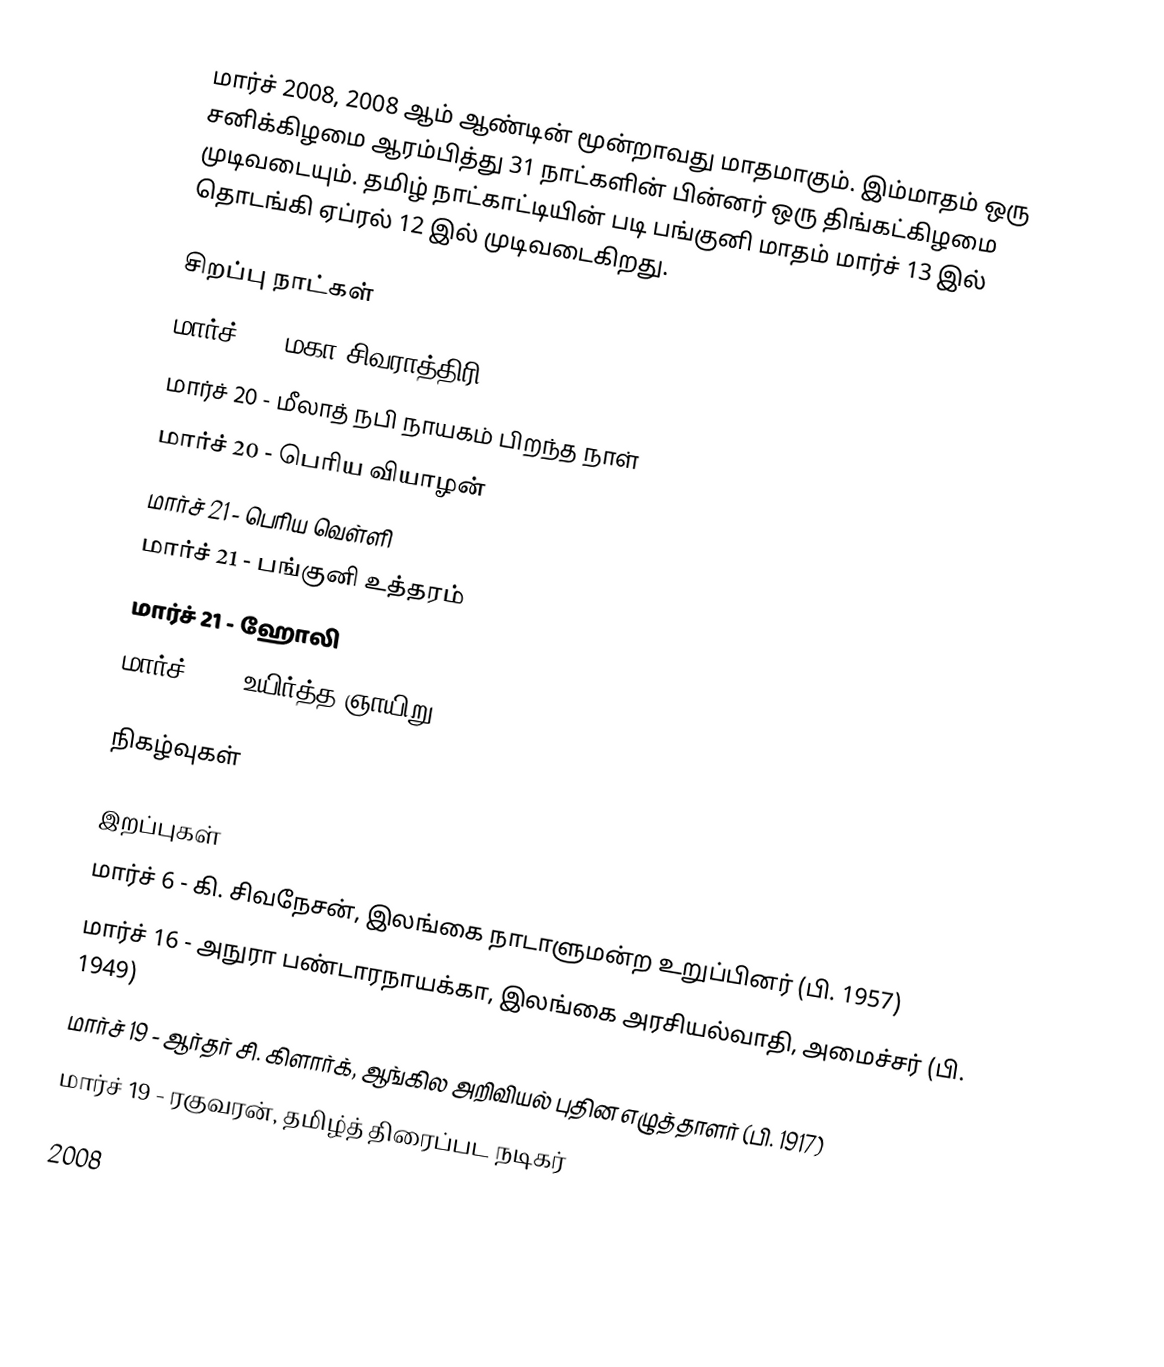
மார்ச் 2008, 2008 ஆம் ஆண்டின் மூன்றாவது மாதமாகும். இம்மாதம் ஒரு சனிக்கிழமை ஆரம்பித்து 31 நாட்களின் பின்னர் ஒரு திங்கட்கிழமை முடிவடையும். தமிழ் நாட்காட்டியின் படி பங்குனி மாதம் மார்ச் 13 இல் தொடங்கி ஏப்ரல் 12 இல் முடிவடைகிறது.

சிறப்பு நாட்கள்
 மார்ச் 6 - மகா சிவராத்திரி
 மார்ச் 20 - மீலாத் நபி நாயகம் பிறந்த நாள்
 மார்ச் 20 - பெரிய வியாழன்
 மார்ச் 21 - பெரிய வெள்ளி
 மார்ச் 21 - பங்குனி உத்தரம்
 மார்ச் 21 - ஹோலி
 மார்ச் 23 - உயிர்த்த ஞாயிறு

நிகழ்வுகள்

இறப்புகள்
 மார்ச் 6 - கி. சிவநேசன், இலங்கை நாடாளுமன்ற உறுப்பினர் (பி. 1957)
 மார்ச் 16 - அநுரா பண்டாரநாயக்கா, இலங்கை அரசியல்வாதி, அமைச்சர் (பி. 1949)
 மார்ச் 19 - ஆர்தர் சி. கிளார்க், ஆங்கில அறிவியல் புதின எழுத்தாளர் (பி. 1917)
 மார்ச் 19 - ரகுவரன், தமிழ்த் திரைப்பட நடிகர்

2008